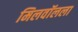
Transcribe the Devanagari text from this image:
मिलवॉलला